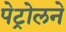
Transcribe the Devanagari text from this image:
पेट्रोलने